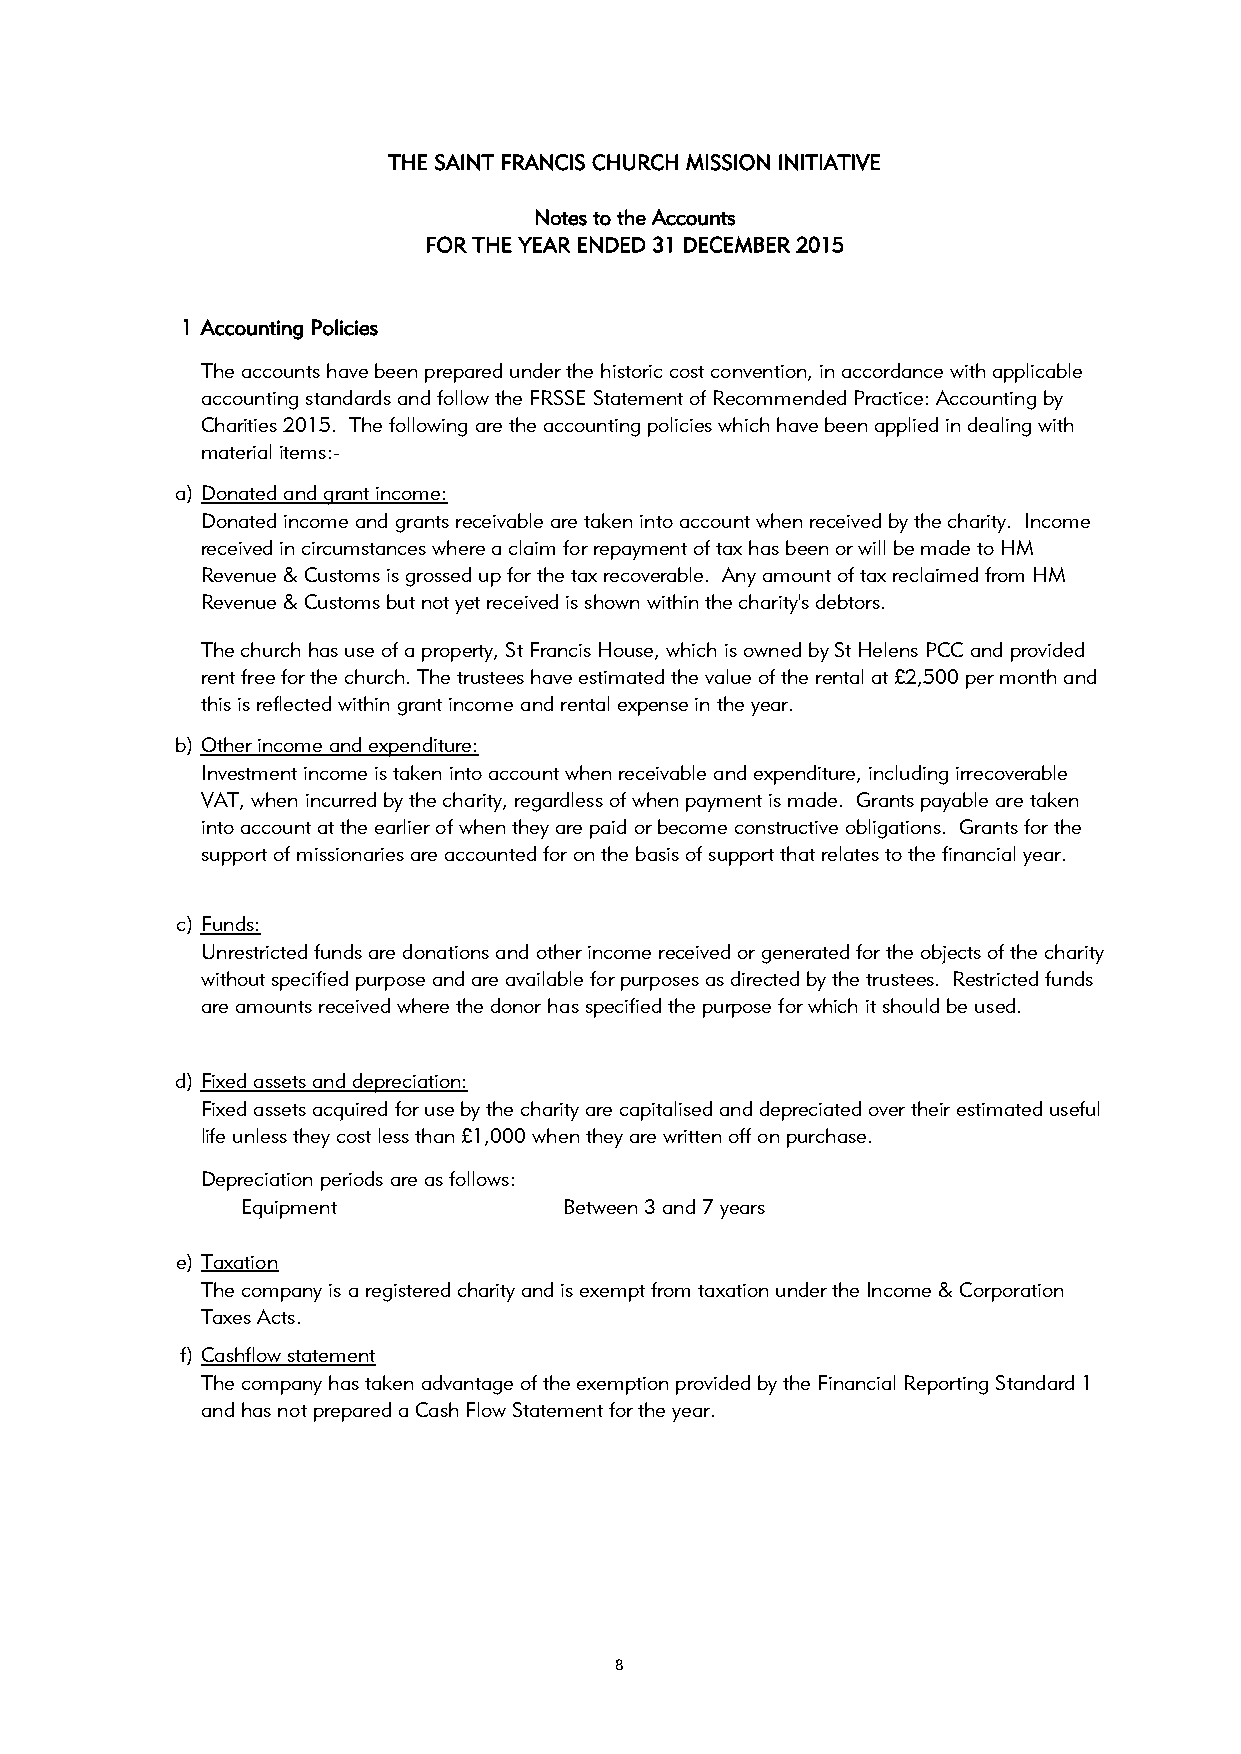
THE SAINT FRANCIS CHURCH MISSION INITIATIVE
 Notes to the Accounts
 FOR THE YEAR ENDED 31 DECEMBER 2015
 1 Accounting Policies
 The accounts have been prepared under the historic cost convention, in accordance with applicable
 accounting standards and follow the FRSSE Statement of Recommended Practice: Accounting by
 Charities 2015. The following are the accounting policies which have been applied in dealing with
 material items:-
 a) Donated and grant income:
 Donated income and grants receivable are taken into account when received by the charity. Income
 received in circumstances where a claim for repayment of tax has been or will be made to HM
 Revenue & Customs is grossed up for the tax recoverable. Any amount of tax reclaimed from HM
 Revenue & Customs but not yet received is shown within the charity's debtors.
 The church has use of a property, St Francis House, which is owned by St Helens PCC and provided
 rent free for the church. The trustees have estimated the value of the rental at £2,500 per month and
 this is reflected within grant income and rental expense in the year.
 b) Other income and expenditure:
 Investment income is taken into account when receivable and expenditure, including irrecoverable
 VAT, when incurred by the charity, regardless of when payment is made. Grants payable are taken
 into account at the earlier of when they are paid or become constructive obligations. Grants for the
 support of missionaries are accounted for on the basis of support that relates to the financial year.
 c) Funds:
 Unrestricted funds are donations and other income received or generated for the objects of the charity
 without specified purpose and are available for purposes as directed by the trustees. Restricted funds
 are amounts received where the donor has specified the purpose for which it should be used.
 d) Fixed assets and depreciation:
 Fixed assets acquired for use by the charity are capitalised and depreciated over their estimated useful
 life unless they cost less than £1,000 when they are written off on purchase.
 Depreciation periods are as follows:
 Equipment            Between 3 and 7 years
 e) Taxation
 The company is a registered charity and is exempt from taxation under the Income & Corporation
 Taxes Acts.
 f) Cashflow statement
 The company has taken advantage of the exemption provided by the Financial Reporting Standard 1
 and has not prepared a Cash Flow Statement for the year.
 8